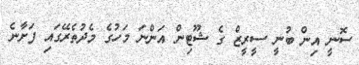
ސޮނީ އިން ބުނީ ސީރީޒް ގެ ޝޫޓިން އަންނަ މަހުގެ މެދުތެރޭގައި ފަށާނެ